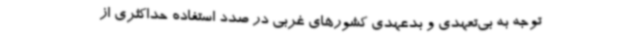
توجه به بی‌تعهدی و بدعهدی کشورهای غربی در صدد استفاده حداکثری از